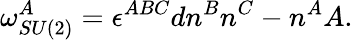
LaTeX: \omega_{SU(2)}^{A}=\epsilon^{ABC}dn^{B}n^{C}-n^{A}A.